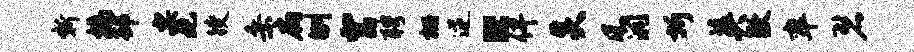
新槁邳要妃躞桑扃刎宫聘栅逆“俾炎风洞圻英敷率碧